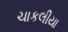
ચાકલીયા